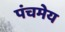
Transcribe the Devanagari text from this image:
पंचमेय